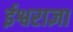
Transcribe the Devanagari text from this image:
ईश्वराज्ञा